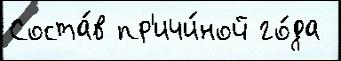
Соста́в пр'ичи́ной го́да